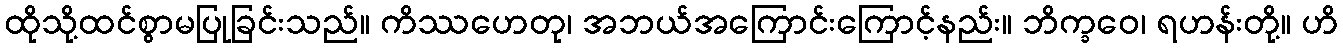
ထိုသို့ထင်စွာမပြုခြင်းသည်။ ကိဿဟေတု၊ အဘယ်အကြောင်းကြောင့်နည်း။ ဘိက္ခဝေ၊ ရဟန်းတို့။ ဟိ